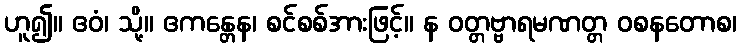
ဟူ၍။ ဧဝံ၊ သို့။ ဧကန္တေန၊ စင်စစ်အားဖြင့်။ န ဝတ္တဗ္ဗာရမဏတ္တ ဝစနတောစ၊